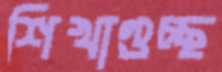
শিখাগুচ্ছ